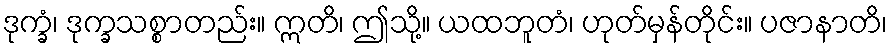
ဒုက္ခံ၊ ဒုက္ခသစ္စာတည်း။ ဣတိ၊ ဤသို့။ ယထဘူတံ၊ ဟုတ်မှန်တိုင်း။ ပဇာနာတိ၊